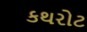
કથરોટ